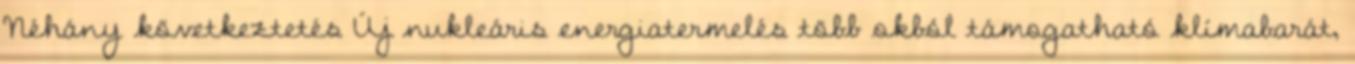
Néhány következtetés Új nukleáris energiatermelés több okból támogatható klímabarát,